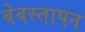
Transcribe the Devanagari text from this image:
वेवस्तापन